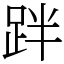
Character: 跘